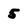
Character: 5